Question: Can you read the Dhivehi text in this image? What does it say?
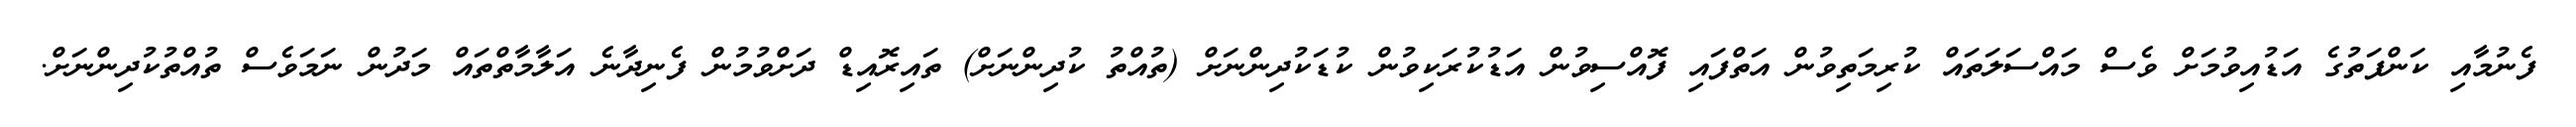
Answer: ފެނުމާއި ކަންފަތުގެ އަޑުއިވުމަށް ވެސް މައްސަލަތައް ކުރިމަތިވުން އަތްފައި ފޮއްސިވުން އަޑުކުރަކިވުން ކުޑަކުދިންނަށް (ތުއްތު ކުދިންނަށް) ތައިރޮއިޑް ދަށްވުމުން ފެނިދާނެ އަލާމާތްތައް މަދުން ނަމަވެސް ތުއްތުކުދިންނަށް.